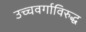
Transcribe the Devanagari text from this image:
उच्चवर्गाविरुद्ध